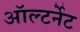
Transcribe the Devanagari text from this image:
ऑल्टर्नेट